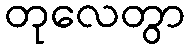
တုလေတွာ